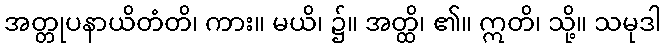
အတ္တုပနာယိတံတိ၊ ကား။ မယိ၊ ၌။ အတ္ထိ၊ ၏။ ဣတိ၊ သို့။ သမုဒါ